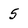
Character: 5